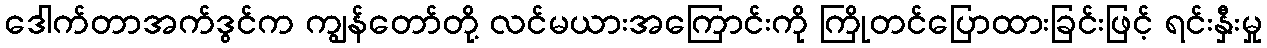
ဒေါက်တာအက်ဒွင်က ကျွန်တော်တို့ လင်မယားအကြောင်းကို ကြိုတင်ပြောထားခြင်းဖြင့် ရင်းနှီးမှု